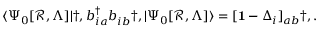
\begin{array} { r } { \langle \Psi _ { 0 } [ \mathcal { R } , \Lambda ] | \dag , b _ { i a } ^ { \dagger } b _ { i b } ^ { \phantom { \dagger } } \dag , | \Psi _ { 0 } [ \mathcal { R } , \Lambda ] \rangle = [ \mathbf { 1 } - \Delta _ { i } ] _ { a b } \dag , . } \end{array}